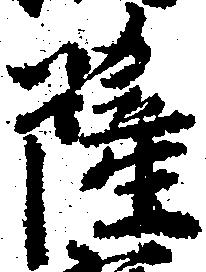
薩